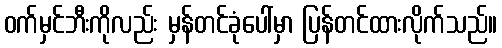
ဝက်မှင်ဘီးကိုလည်း မှန်တင်ခုံပေါ်မှာ ပြန်တင်ထားလိုက်သည်။